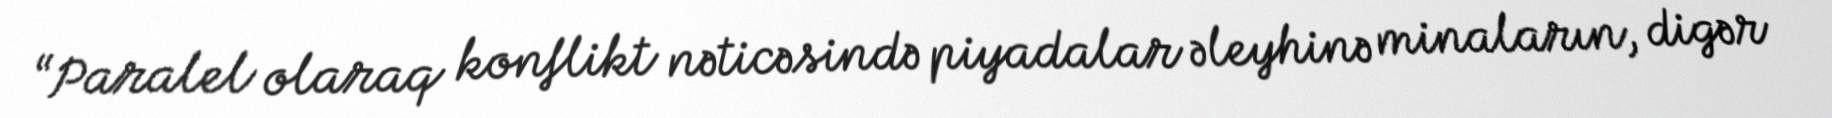
“Paralel olaraq konflikt nəticəsində piyadalar əleyhinə minaların, digər